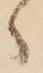
ゝ